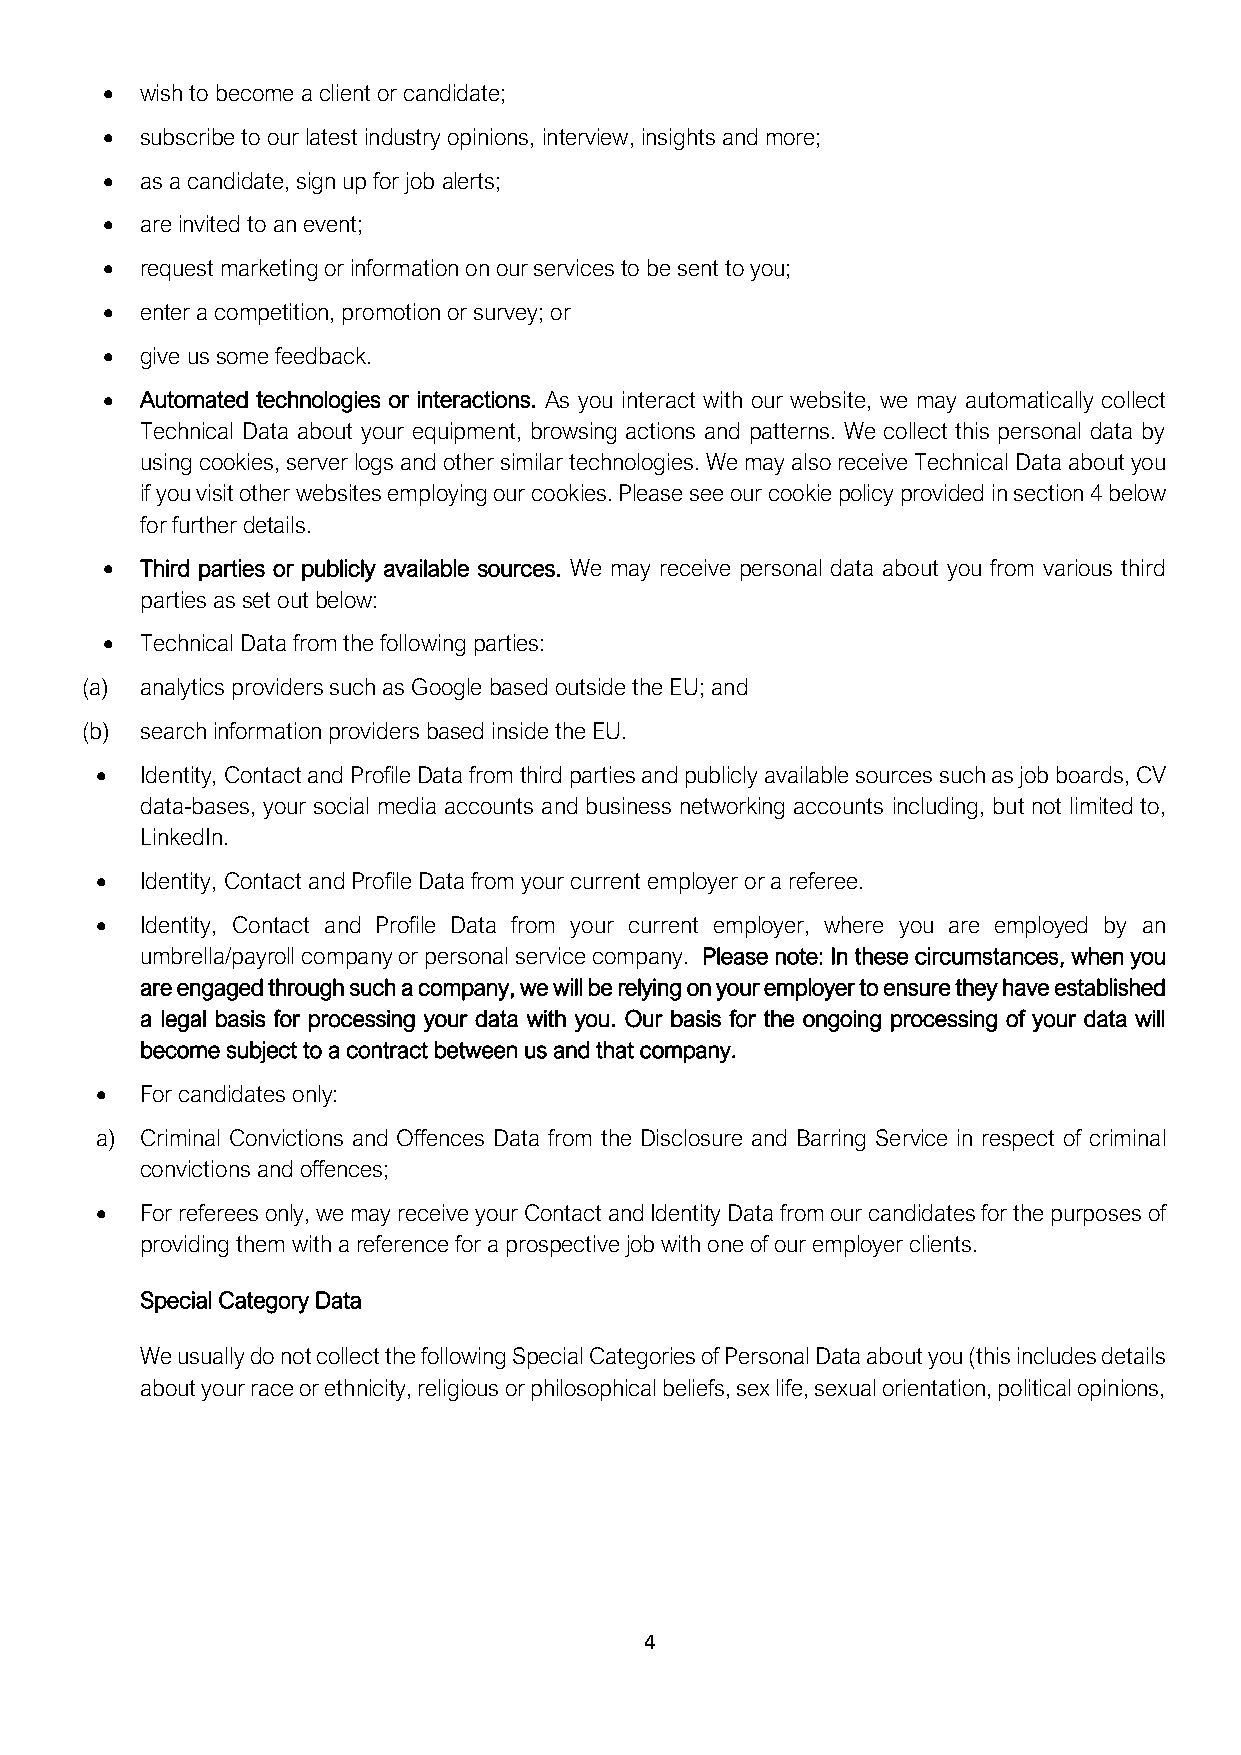
• wish to become a client or candidate;
 • subscribe to our latest industry opinions, interview, insights and more;
 • as a candidate, sign up for job alerts;
 • are invited to an event;
 • request marketing or information on our services to be sent to you;
 • enter a competition, promotion or survey; or
 • give us some feedback.
 • Automated technologies or interactions. As you interact with our website, we may automatically collect
 Technical Data about your equipment, browsing actions and patterns. We collect this personal data by
 using cookies, server logs and other similar technologies. We may also receive Technical Data about you
 if you visit other websites employing our cookies. Please see our cookie policy provided in section 4 below
 for further details.
 • Third parties or publicly available sources. We may receive personal data about you from various third
 parties as set out below:
 • Technical Data from the following parties:
 (a) analytics providers such as Google based outside the EU; and
 (b) search information providers based inside the EU.
 •  Identity, Contact and Profile Data from third parties and publicly available sources such as job boards, CV
 data-bases, your social media accounts and business networking accounts including, but not limited to,
 LinkedIn.
 •  Identity, Contact and Profile Data from your current employer or a referee.
 •  Identity, Contact and Profile Data from your current employer, where you are employed by an
 umbrella/payroll company or personal service company. Please note: In these circumstances, when you
 are engaged through such a company, we will be relying on your employer to ensure they have established
 a legal basis for processing your data with you. Our basis for the ongoing processing of your data will
 become subject to a contract between us and that company.
 •  For candidates only:
 a) Criminal Convictions and Offences Data from the Disclosure and Barring Service in respect of criminal
 convictions and offences;
 •  For referees only, we may receive your Contact and Identity Data from our candidates for the purposes of
 providing them with a reference for a prospective job with one of our employer clients.
 Special Category Data
 We usually do not collect the following Special Categories of Personal Data about you (this includes details
 about your race or ethnicity, religious or philosophical beliefs, sex life, sexual orientation, political opinions,
 4